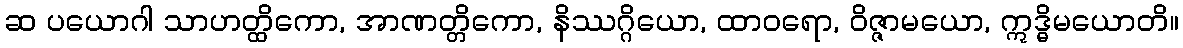
ဆ ပယောဂါ သာဟတ္ထိကော, အာဏတ္တိကော, နိဿဂ္ဂိယော, ထာဝရော, ဝိဇ္ဇာမယော, ဣဒ္ဓိမယောတိ။